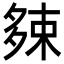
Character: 𡖯